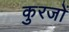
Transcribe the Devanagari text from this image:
कुरजों